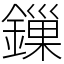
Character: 鏁